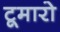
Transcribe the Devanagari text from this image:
टूमारो